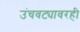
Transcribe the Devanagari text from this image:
उंचवट्यावरही